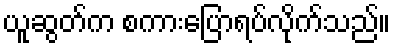
ယူဆွတ်က စကားပြောရပ်လိုက်သည်။